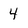
Character: 4